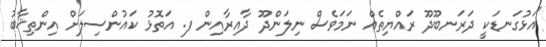
"އަޅުގަނޑަކީ ދަރަނބޫދޫ ރައްޔިތެއް ނަމަވެސް ނިލަންދޫ ދާއިރާއިން ފ. އަތޮޅު ކައުންސިލަށް އިންތިޚާބު